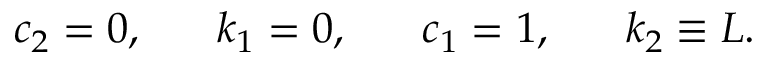
c _ { 2 } = 0 , \; \; \; \; \; \; k _ { 1 } = 0 , \; \; \; \; \; \; c _ { 1 } = 1 , \; \; \; \; \; \; k _ { 2 } \equiv L .